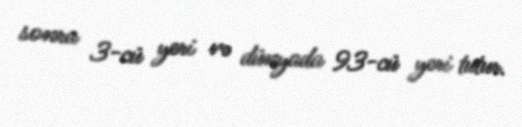
sonra 3-cü yeri və dünyada 93-cü yeri tutur.